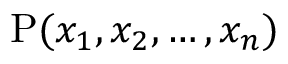
\operatorname { P } ( x _ { 1 } , x _ { 2 } , \ldots , x _ { n } )